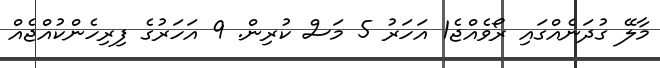
މާލޭ ގުދަނެއްގައި ރޯވެއްޖެ1 އަހަރު 5 މަސް ކުރިން. 9 އަހަރުގެ ފިރިހެންކުއްޖެއް